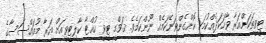
ޓީވީތަކަށްއަރާ ވާހަކަދެއްކުމަކީ ކޮށްގެންވަނޭކަމެއް ނޫންކަމެވެ. ޤަވްމީ ޓީވީ ހުއްޓާ ކާލިޓީވީއަށް އަރާ މުއައްސަސާގެ